Report on the administration of the Government Cinchona Department 1892-98
Year: 1892
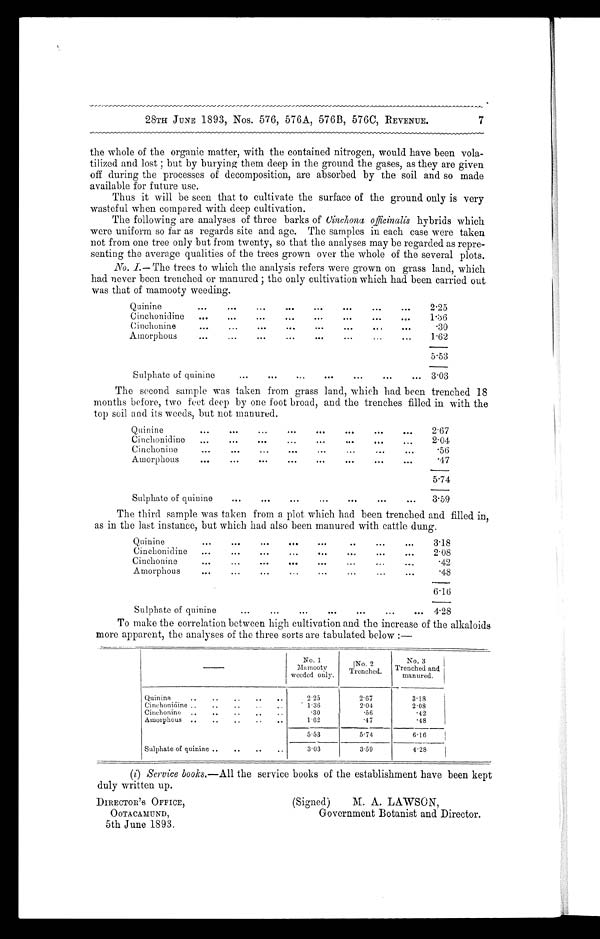
28TH JUNE 1893, Nos. 576, 576A, 576B, 576C, REVENUE.
the whole of the organic matter, with the contained nitrogen, would have been vola
- t i l i z e d a nd l os t ; but by bur yi ng t he m de e p i n t he gr ound t he ga s e s , a s t he y a r e gi ve n
off during the processes of decomposition, are absorbed by the soil and so made
available for future use.
Thus it will be seen that to cultivate the surface of the ground only is very
wasteful when compared with deep cultivation.
The following are analyses of three barks of Cinchona officinalish y b r i d s w h i c h
were uniform so far as regards site and age. The samples in each case were taken
not from one tree only but from twenty, so that the analyses may be regarded as repre
-senting the average qualities of the trees grown over the whole of the several plots.
No. I.— The trees to which the analysis refers were grown on grass land, which
had never been trenched or manured ; the only cultivation which had been carried out
was that of mamooty weeding.
Q uinine
. . .
2.25
Cinchonidine . . .
1.36
Cinchonine . . .
.30
Amorphous
. . .
1.62
5.53
Sulphate of quinine
. . . 3.03
The second sample was taken from grass land, which had been trenched 18
months before, two feet deep by one foot broad, and the trenches filled in with the
top soil and its weeds, but not manured.
Q uinine
. . .
2.67
C inchonidine
. . .
2.04
Cinchonine . . .
.56
A morphous
. . .
.47
5.74
Sulphate of quinine
. . .
3.59
The third sample was taken from a plot which had been trenched and filled in,
as in the last instance, but which had also been manured with cattle dung.
Q uinine
. . .
3.18
Cinchonidine
. . .
2.08
Cinchonine
. . .
.42
Amorphous
. . .
.48
6.16
S Sulphate of quinine
. . .
4.28
To make the correlation between high cultivation and the increase of the alkaloids
more apparent, the analyses of the three sorts are tabulated below :—
—
N o . 1
M a m o o t y
weeded only.
NO. 2
.
Trenched.
No. 3
Trenched and
manured
Quinine
. . .
2 . 2 5
2.67
3.18
Cinchonidine . . .
1'36
2.04
2.08
Cinchonine
. . .
.30
.56
.42
Amorphous
. . .
1.62
.47
.48
5 . 53
5.74
6.16
Sulphate of quinine . . .
3.03
3.59
4.28
(i) Service books.—All the service books of the establishment have been kept
duly written up.
DIRECTOR 'S OFFICE,
(Signed)
M. A. LAWSON,
OOTACAMUND,
Government Botanist and Director,
5th June 1893.
7